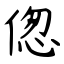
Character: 偬